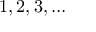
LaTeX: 1 , 2 , 3 , \ldots